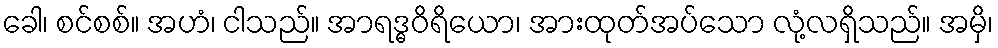
ခေါ၊ စင်စစ်။ အဟံ၊ ငါသည်။ အာရဒ္ဓဝိရိယော၊ အားထုတ်အပ်သော လုံ့လရှိသည်။ အမှိ၊